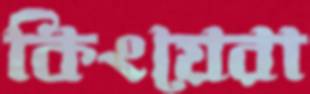
কিংয়েরা